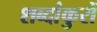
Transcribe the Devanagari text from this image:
शब्दांकुरों